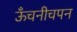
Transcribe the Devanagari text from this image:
ऊँचनीचपन